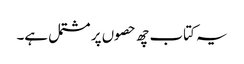
یہ کتاب چھ حصوں پر مشتمل ہے۔